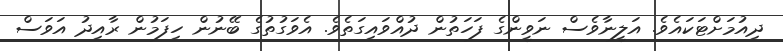
ދިއުމަށްޓަކައެވެ. އަލީނާވެސް ނަވީންގެ ފަހަތުން ދުއްވައިގަތެވެ. އެވަގުތުގެ ބޭނުން ހިފަމުން ރާއިދު އަވަސް